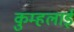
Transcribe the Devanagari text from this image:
कुम्हलाई